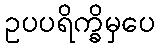
ဥပပရိက္ခိမှပေ